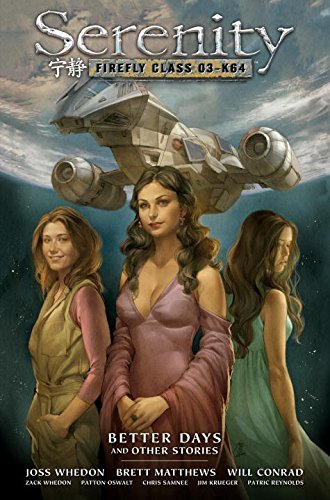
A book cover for Serenity Volume 2: Better Days and Other Stories 2nd Edition; Dave Stewart; Comics & Graphic Novels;